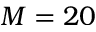
M = 2 0